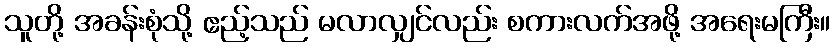
သူတို့ အခန်းစုံသို့ ဧည့်သည် မလာလျှင်လည်း စကားလက်အဖို့ အရေးမကြီး။